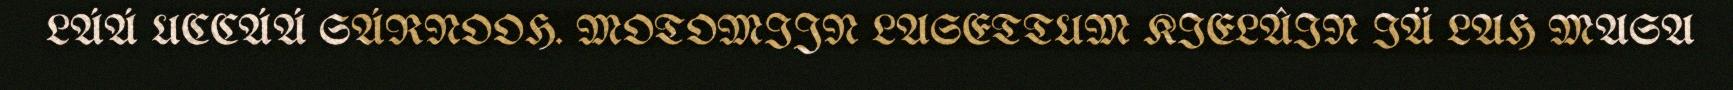
LÁÁ UCCÁÁ SÁRNOOH. MOTOMIJN LASETTUM KIELÂIN IÄ LAH MASA